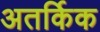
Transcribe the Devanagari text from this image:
अतर्किक